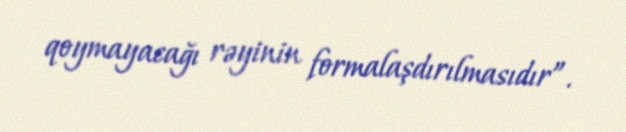
qoymayacağı rəyinin formalaşdırılmasıdır”.